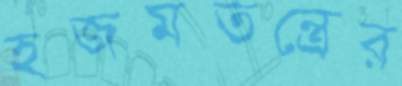
হজমতন্ত্রের